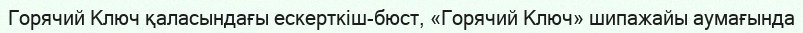
Горячий Ключ қаласындағы ескерткіш-бюст, «Горячий Ключ» шипажайы аумағында